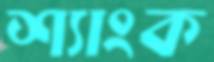
শ্যাংক